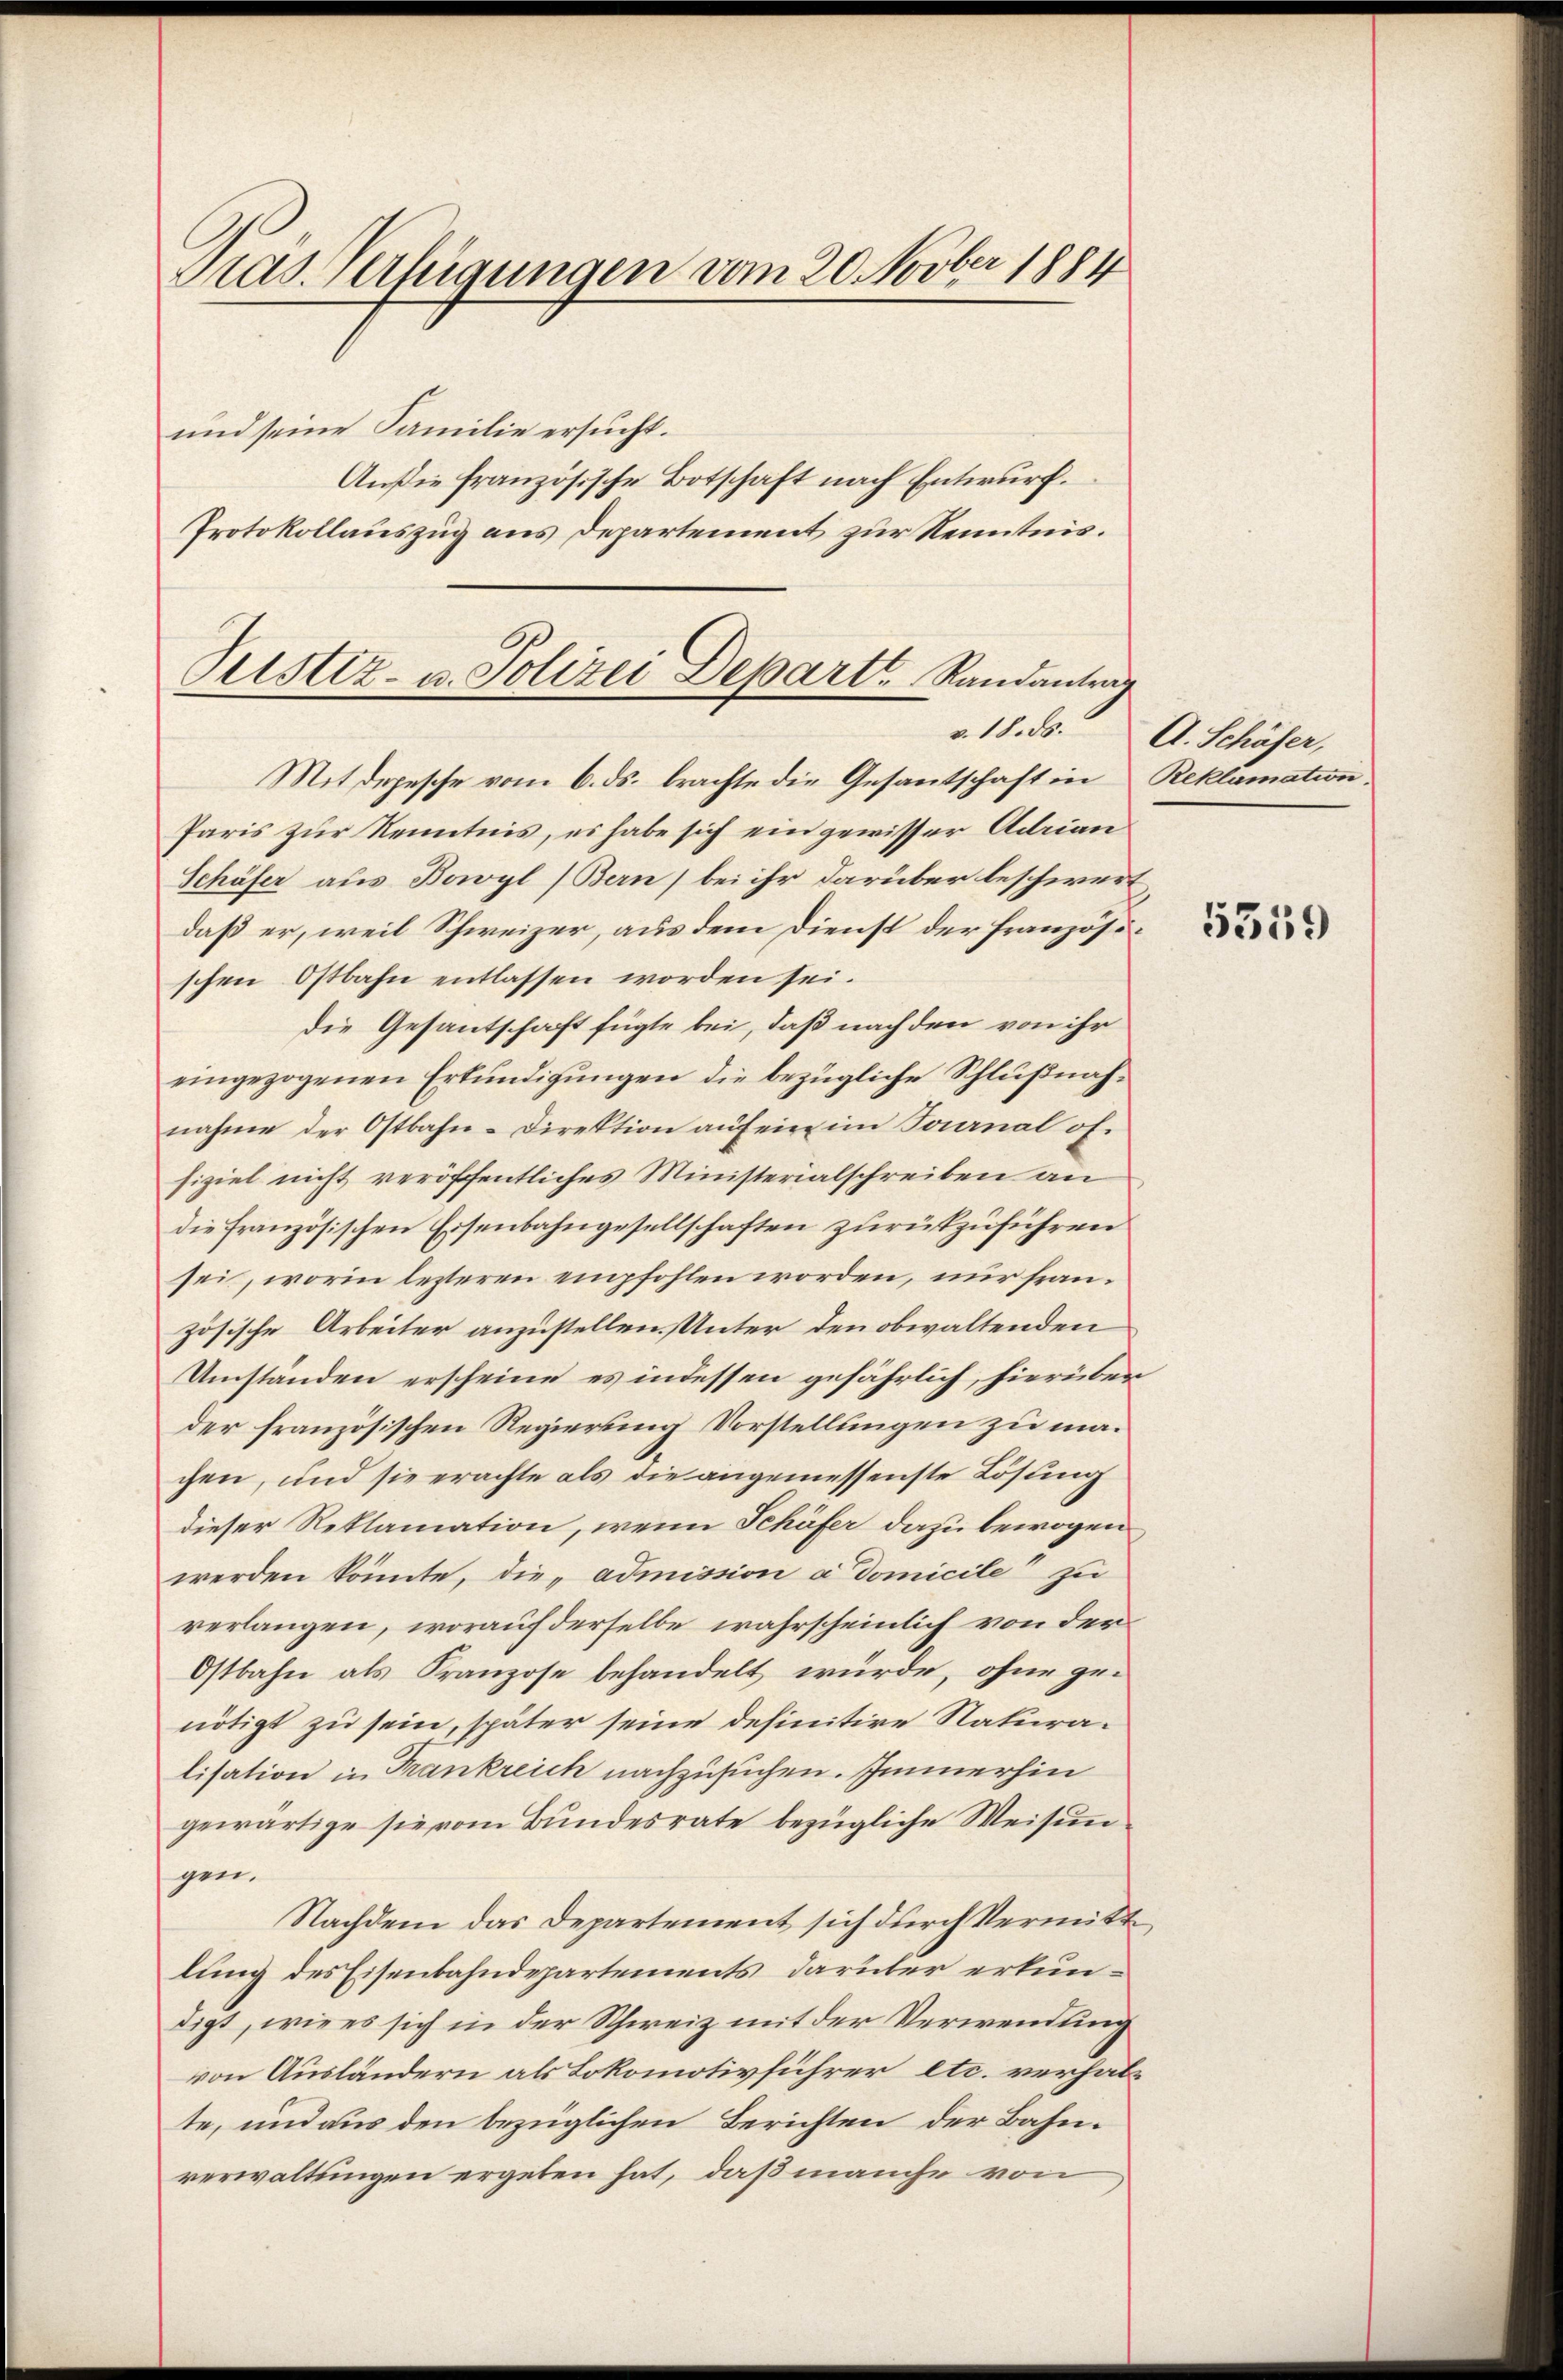
Pras. erfügungen vom 20. Novber 1884

und seine Familie ersucht.
An die französische Botschaft nach Entwurf.
Protokollauszug aus Departement zur Kenntnis.
Mit depesche vom 6. ds. brachte die Gesantschaft in
Paris zur Kenntnis, es habe sich ein gewisser Adrian
Schäfer aus Bowyl (Bern) bei ihr darüber beschwert
daß er, weil Schweizer, aus dem Dienst der französischen Ostbahn entlassen worden sei.
die Gesantschaft fügte bei, daß nach den von ihr
eingezogenen Erkundigungen die bezügliche Schlußnahnahme der Ostbahn-Direktion auf ein im Sonnal offiziel nicht veröffentliches Ministerialschreiben an
die französischen Eisenbahngesellschaften zurückzuführen
sei, worin lezteren empfohlen worden, nur französische Arbeiter anzustellen. Unter den obwaltenden
Umständen erscheine es indessen gefährlich, hierüber
der französischen Regierung Vorstellungen zu machen, und sie erachte als die angemessenste Lösung
dieser Reklamation, wenn Schäfer dazu bewogen
werden könnte, die „admission a domicile zu
verlangen, worauf derselbe wahrscheinlich von der
Ostbahn als Franzose behandelt würde, ohne genötigt zu sein, später seine definitire Naturalisation in Frankreich nachzusuchen. Immerhin
gewärtige sie vom Bundesrate bezügliche Weisungen.
Nachdem das Departement sich durch Vermittlung des Eisenbahndepartements, darüber erkundigt, wie es sich in der Schweiz mit der Verwendung
von Ausländern als Lokomotivführer etc. verhalte, und aus den bezüglichen Berichten der Bahnverwaltungen ergeben hat, daß manche von

Pustiz- u. Polizei Departt. Randantrag
v. 18. ds.

A. Schäfer,
Reklamation.

5559